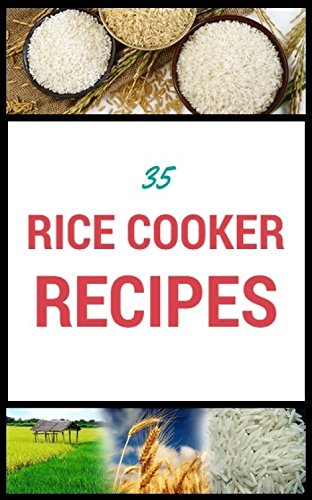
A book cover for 35 RICE COOKER RECIPES: Stuck with rice cooker recipe ideas? here's 35 to get you started.; Neil Spencer; Cookbooks, Food & Wine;